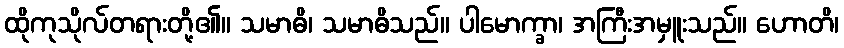
ထိုကုသိုလ်တရားတို့၏။ သမာဓိ၊ သမာဓိသည်။ ပါမောက္ခာ၊ အကြီးအမှူးသည်။ ဟောတိ၊